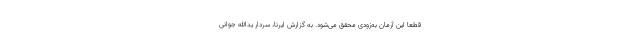
قطعا این آرمان به‌زودی محقق می‌شود. به گزارش ایرنا، سردار یدالله جوانی